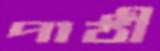
পাঠী